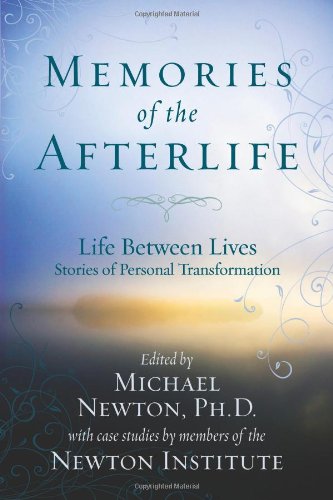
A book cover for Memories of the Afterlife: Life Between Lives Stories of Personal Transformation; Religion & Spirituality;